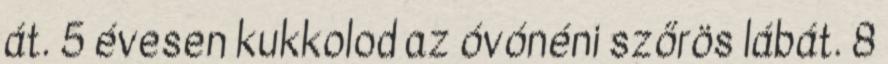
át. 5 évesen kukkolod az óvónéni szőrös lábát. 8